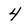
Character: 4